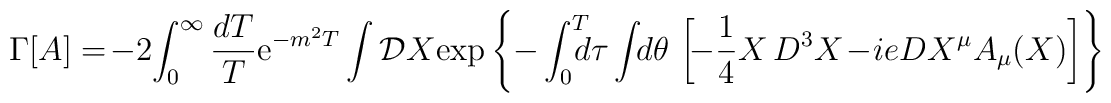
\Gamma\lbrack A\rbrack = \! -2\! \int_0^{\infty} {dT\over T} {\rm e}^{-m^2T}\int {\cal D}X {\rm exp} \left\{ - \int_0^T \!\!\!\!d\tau\int\!\!d\theta \, \left[\!-{1\over 4}X\,D^3X \!-\!ie DX^{\mu}A_{\mu}(X) \right] \right\}